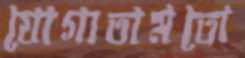
যোগ্যতামতো